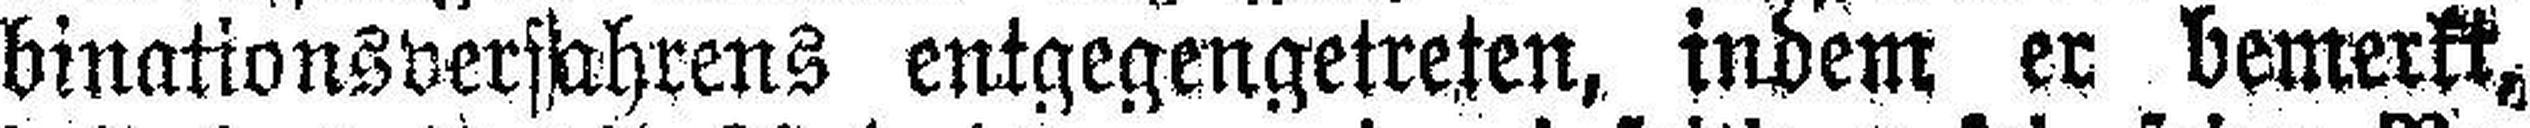
binationsverfahrens entgegengetreten, indem er bemerkt,